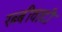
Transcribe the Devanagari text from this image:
रब्बीवादी